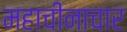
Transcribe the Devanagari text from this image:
महाचीनाचार